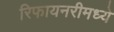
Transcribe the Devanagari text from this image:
रिफायनरीमध्ये